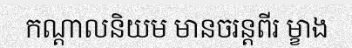
កណ្តាលនិយម មានចរន្តពីរ ម្ខាង